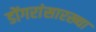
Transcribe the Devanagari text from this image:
डोंगरांसारख्या